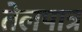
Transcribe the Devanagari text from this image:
तेलपात्र